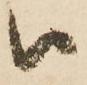
被